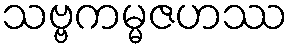
သဗ္ဗကမ္မဇဟဿ